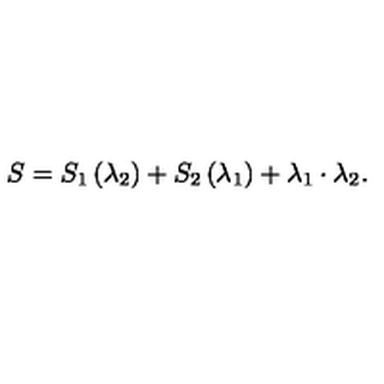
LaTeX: S = S _ { 1 } \left( \lambda _ { 2 } \right) + S _ { 2 } \left( \lambda _ { 1 } \right) + \lambda _ { 1 } \cdot \lambda _ { 2 } .